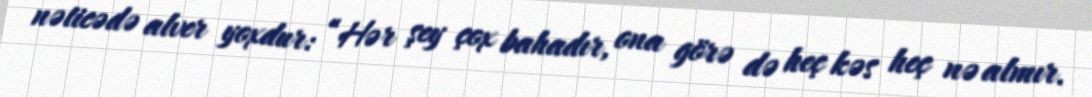
nəticədə alver yoxdur: “Hər şey çox bahadır, ona görə də heç kəs heç nə almır.